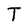
Character: T